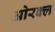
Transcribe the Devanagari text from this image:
ओरक्ल